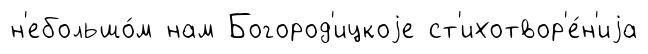
н'ебольшо́м нам Богород'ицкоjе ст'ихотвор'е́н'иjа